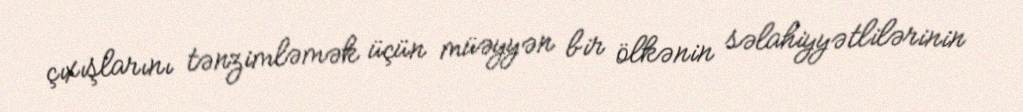
çıxışlarını tənzimləmək üçün müəyyən bir ölkənin səlahiyyətlilərinin